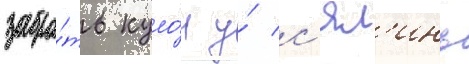
забра́ть куло́н у́ с'ял'инь